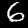
Digit: 6